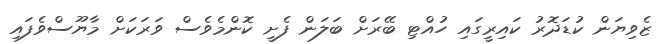
ޒެވިޔަން ކުޑަދޮރު ކައިރީގައި ހުއްޓި ބޭރަށް ބަލަން ފެށީ ކޮންމެވެސް ވަރަކަށް މާޔޫސްވެފައި